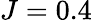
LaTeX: J=0.4